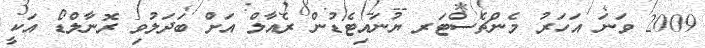
2009 ވަނަ އަހަރު މެންޗެސްޓަރ ޔުނައިޓެޑުން ރެއާލް އަށް ބަދަލުވި ރޮނާލްޑޯ އަކީ